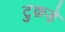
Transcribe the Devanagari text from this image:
टुक़ड़े